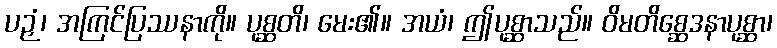
ပဉှံ၊ အကြင်ပြဿနာကို။ ပုစ္ဆတိ၊ မေး၏။ အယံ၊ ဤပုစ္ဆာသည်။ ဝိမတိစ္ဆေဒနာပုစ္ဆာ၊